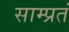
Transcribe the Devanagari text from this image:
साम्प्रतं